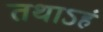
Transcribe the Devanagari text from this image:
तथाऽहं